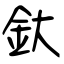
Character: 釱